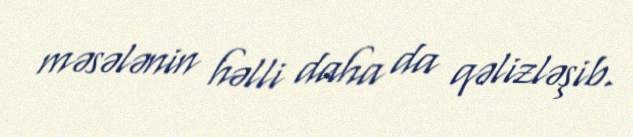
məsələnin həlli daha da qəlizləşib.